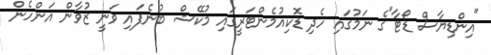
"އިންޑިޔާސް ޑޯޓާ"ގެ ނަމުގައި ހެދި ޑޮކިއުމެންޓަރީގައި މުކޭޝް ބުނެފައި ވަނީ ޒުވާން އަންހެން